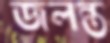
জলন্ত